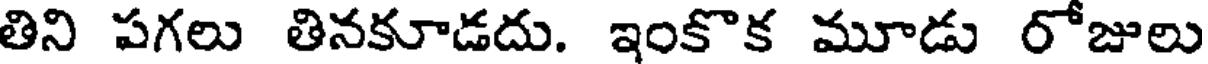
తిని పగలు తినకూడదు. ఇంకొక మూడు రోజులు